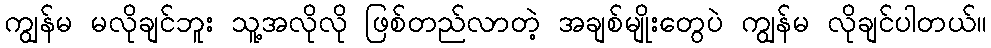
ကျွန်မ မလိုချင်ဘူး သူ့အလိုလို ဖြစ်တည်လာတဲ့ အချစ်မျိုးတွေပဲ ကျွန်မ လိုချင်ပါတယ်။